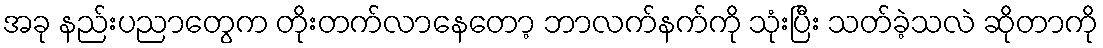
အခု နည်းပညာတွေက တိုးတက်လာနေတော့ ဘာလက်နက်ကို သုံးပြီး သတ်ခဲ့သလဲ ဆိုတာကို